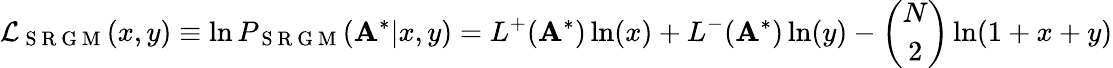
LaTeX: \mathcal{L}_{\mathrm{~S~R~G~M~}}(x,y)\equiv\ln P_{\mathrm{~S~R~G~M~}}(\mathbf{A}^{*}|x,y)=L^{+}(\mathbf{A}^{*})\ln(x)+L^{-}(\mathbf{A}^{*})\ln(y)-\binom{N}{2}\ln(1+x+y)